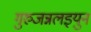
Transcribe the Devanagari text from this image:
गुरुजन्नलइयुन